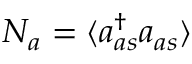
N _ { a } = \langle a _ { a s } ^ { \dagger } a _ { a s } \rangle